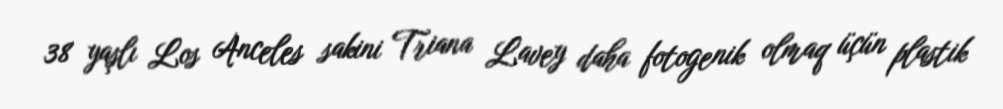
38 yaşlı Los Anceles sakini Triana Lavey daha fotogenik olmaq üçün plastik